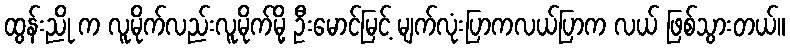
ထွန်းညို က လူမိုက်လည်းလူမိုက်မို့ ဦးမောင်မြင့် မျက်လုံးပြာကလယ်ပြာက လယ် ဖြစ်သွားတယ်။